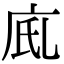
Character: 𢇼